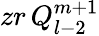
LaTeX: zr\, Q_{l-2}^{m+1}